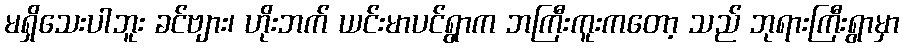
မရှိသေးပါဘူး ခင်ဗျား၊ ဟိုးဘက် ယင်းမာပင်ရွာက ဘကြီးကူးကတော့ သည် ဘုရားကြီးရွာမှာ